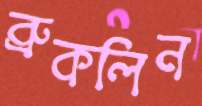
ব্রুকলিন